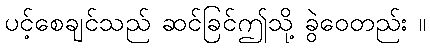
ပင့်စေချင်သည် ဆင်ခြင်ဤသို့ ခွဲဝေတည်း ။